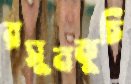
রসুনকুচি